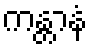
ကန္တာနံ